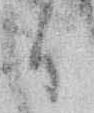
日